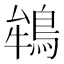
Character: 鴾